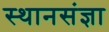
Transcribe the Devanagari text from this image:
स्थानसंज्ञा